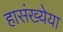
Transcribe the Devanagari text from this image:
हासंख्येया